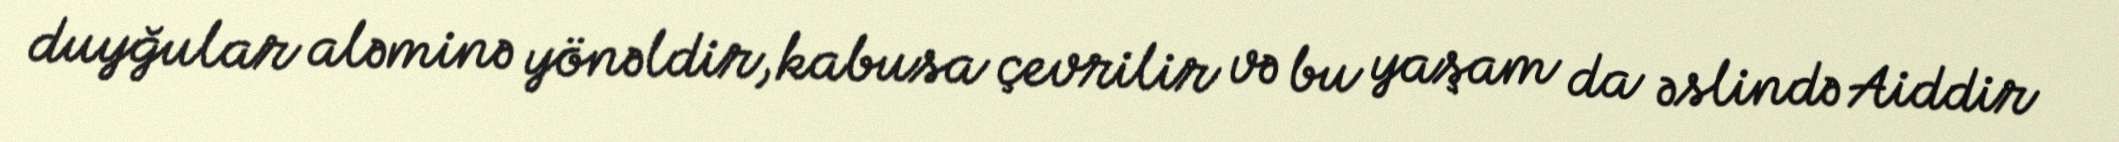
duyğular aləminə yönəldir, kabusa çevrilir və bu yaşam da əslində Aiddir